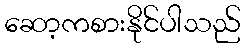
ဆော့ကစားနိုင်ပါသည်